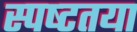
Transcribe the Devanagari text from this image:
स्‍पष्‍टतया